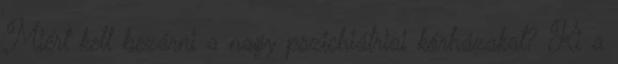
Miért kell bezárni a nagy pszichiátriai kórházakat? Ki a